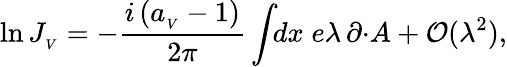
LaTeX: \ln J_{_V}=-\frac{i\, (a_{_V}-1)}{2\pi}\int\! \! dx\; e\lambda\, \partial\cdotp\! A+{\cal O}(\lambda^{2}),